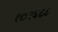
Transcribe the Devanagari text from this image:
१०१६८८